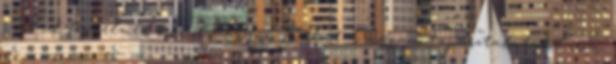
szabad figyelmen kívül hagyni. Ezeket a magam tapasztalatából írom,